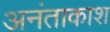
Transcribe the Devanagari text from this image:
अनंताकाश